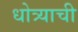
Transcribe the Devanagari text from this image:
धोत्र्याची